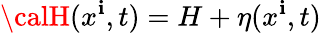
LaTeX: {\calH}(x^{\mathbf{i}},t)=H+\eta(x^{\mathbf{i}},t)